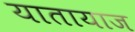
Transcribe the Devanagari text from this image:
यातायाज